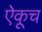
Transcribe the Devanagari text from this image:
ऐकूच